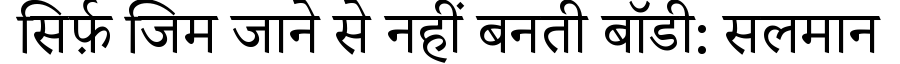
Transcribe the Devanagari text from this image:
सिर्फ़ जिम जाने से नहीं बनती बॉडी: सलमान